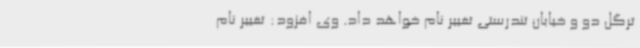
ترگل دو و خیابان تندرستی تغییر نام خواهد داد. وی افزود: تغییر نام